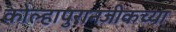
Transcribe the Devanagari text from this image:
कोल्हापुरानजीकच्या